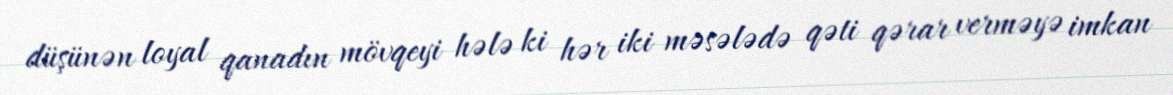
düşünən loyal qanadın mövqeyi hələ ki hər iki məsələdə qəti qərar verməyə imkan